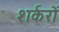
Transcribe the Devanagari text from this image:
शर्करों